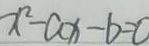
x ^ { 2 } - a x - b = 0